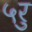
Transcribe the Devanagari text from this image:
५रु